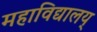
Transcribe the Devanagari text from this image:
महाविद्यालय्